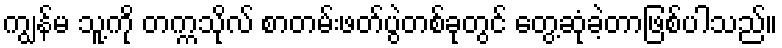
ကျွန်မ သူ့ကို တက္ကသိုလ် စာတမ်းဖတ်ပွဲတစ်ခုတွင် တွေ့ဆုံခဲ့တာဖြစ်ပါသည်။